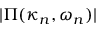
| \boldsymbol { \Pi } ( \kappa _ { n } , \omega _ { n } ) |